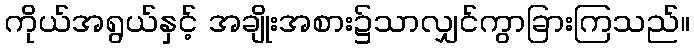
ကိုယ်အရွယ်နှင့် အချိုးအစား၌သာလျှင်ကွာခြားကြသည်။